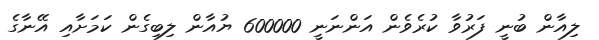
ލިއާން ބުނީ ފަރުވާ ކުރެވެން އަންނަނީ 600000 ޔުއާން ލިބިގެން ކަމަށާއި އޭނާގެ